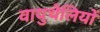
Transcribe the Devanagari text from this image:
वायुथैलियों